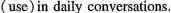
(use) in daily conversations.